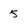
Character: 5